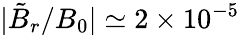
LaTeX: |\tilde{B}_{r}/B_{0}|\simeq 2\times 10^{-5}